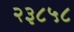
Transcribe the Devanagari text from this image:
२३८५८